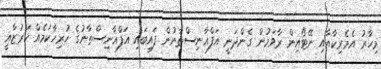
މިހާރު އެމެރިކާއާއި ނޭޓޯއިން ރާވަމުން ގެންދަނީ އަފްޣާނިސްތާނުން ފައިބައި އަފްޣާނިސްތާނުގެ ހުރިހާކަމެއް ކަރުޒާއީ